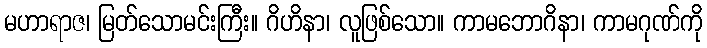
မဟာရာဇ၊ မြတ်သောမင်းကြီး။ ဂိဟိနာ၊ လူဖြစ်သော။ ကာမဘောဂိနာ၊ ကာမဂုဏ်ကို